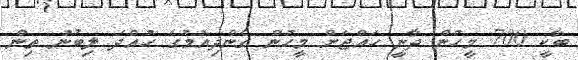
ބާކީ 700 މީހުން ދާނީ ހައްޖަށް މީހުން ގެންދިއުމުގެ ހުއްދަ ލިބުނު ތިން